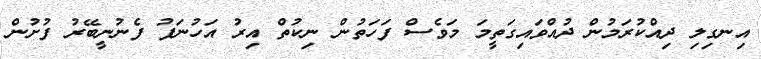
އިނގިލި ދިއްކުރަމުން ދުއްވައިގަތީމަ މަވެސް ފަހަތުން ނިކުތް އިރު އަހުނަފު ފެނުނީބޭރު ފުށުން